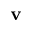
{ \bf v }